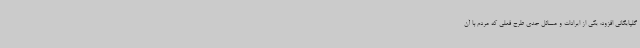
گلپایگانی افزود: یکی از ایرادات و مسائل جدی طرح فعلی که مردم با آن